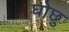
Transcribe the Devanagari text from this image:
घोछु